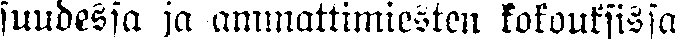
suudessa ja ammattimiesten kokouksissa